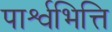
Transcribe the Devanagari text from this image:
पार्श्वभित्ति